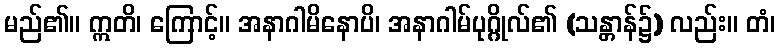
မည်၏။ ဣတိ၊ ကြောင့်။ အနာဂါမိနောပိ၊ အနာဂါမ်ပုဂ္ဂိုလ်၏ (သန္တာန်၌) လည်း။ တံ၊